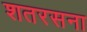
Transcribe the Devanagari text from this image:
शतरसना